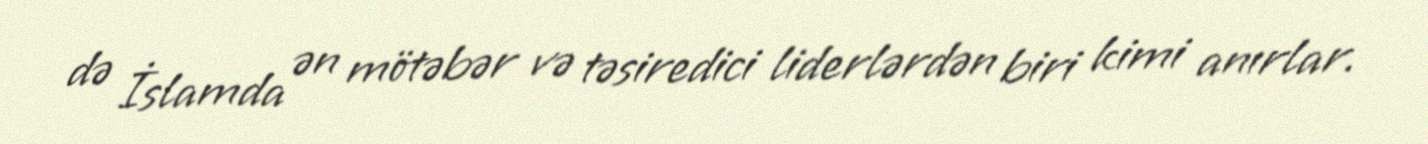
də İslamda ən mötəbər və təsiredici liderlərdən biri kimi anırlar.